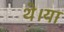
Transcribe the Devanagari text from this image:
थे।या